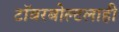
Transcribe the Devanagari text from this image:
टॉवरबोल्टलाही